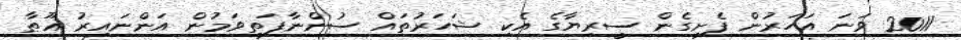
2011 ވަނަ އަހަރުން ފެށިގެން ސީރިޔާގެ އެކި ޝަހަރުތައް ސުންނާފަތިވަމުން އަންނައިރު ޣޫޠާ